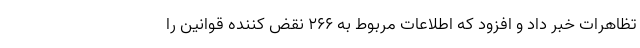
تظاهرات خبر داد و افزود که اطلاعات مربوط به ۲۶۶ نقض کننده قوانین را